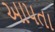
આપતા